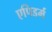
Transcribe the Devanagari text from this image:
एपिडर्म